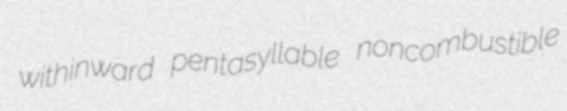
withinward pentasyllable noncombustible